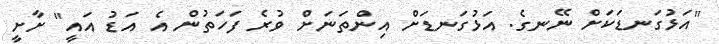
"އަޅުގަނޑަކަށް ނޭނގެ. އަޅުގަނޑަށް އިންތަނަށް ވުރެ ފަހަތުން އެ އަޑު އައީ" ށާށީ